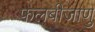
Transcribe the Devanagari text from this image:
फलबीजाणु